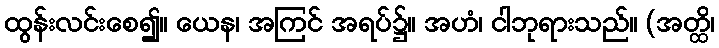
ထွန်းလင်းစေ၍။ ယေန၊ အကြင် အရပ်၌။ အဟံ၊ ငါဘုရားသည်။ (အတ္ထိ၊